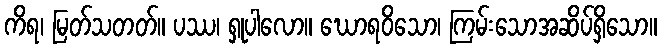
ကိရ၊ မြတ်သတတ်။ ပဿ၊ ရှုပါလော။ ဃောရဝိသော၊ ကြမ်းသောအဆိပ်ရှိသော။